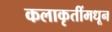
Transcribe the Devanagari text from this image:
कलाकृतींमधून